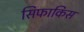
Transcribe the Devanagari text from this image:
सिफाकिस